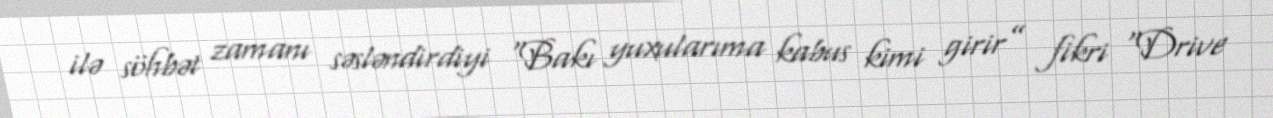
ilə söhbət zamanı səsləndirdiyi “Bakı yuxularıma kabus kimi girir” fikri “Drive